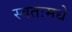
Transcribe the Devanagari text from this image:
स्वतःमधे